Report on vaccination in Madras 1877-1894 - 1877-1894
Year: 1877
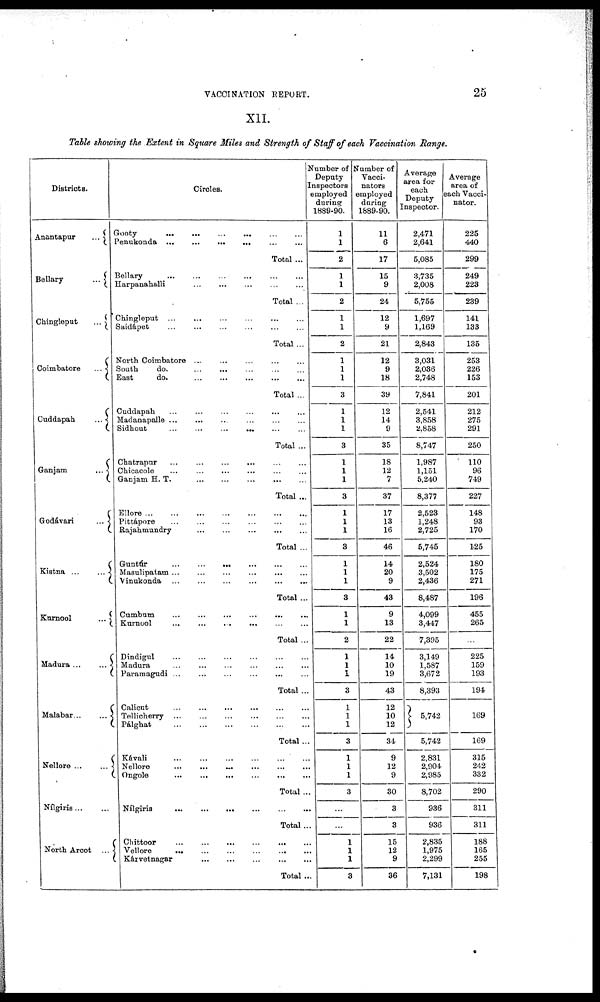
VACCINATION REPORT.
25
XII.
Table showing the Extent in Square Miles and Strength of Staff of each Vaccination Range.
Districts.
Anantapur
...
Bellary
...
Chingleput
...
Coimbatore
...
Cuddapah
...
Ganjam
...
Godávari
...
Kistna
...
...
Kurnool
...
Madura...
...
Malabar...
...
Nellore
...
...
Nílgiris ... ...
North Arcot ...
Circles.
Gooty
...
...
...
...
...
...
Penukonda
...
...
...
...
...
...
Total ...
Bellary ... ... ... ... ... ...
Harpanahalli
...
...
...
...
...
Total ...
Chingleput
...
...
...
...
...
...
Saidápet ... ... ... ... ... ...
Total...
North Coimbatore
...
...
...
...
...
South
do.
...
...
...
...
...
East
do.
...
...
...
...
...
Total ...
Cuddapah
...
...
...
...
...
...
Madanapalle ...
... ... ... ... ...
Sidhout
...
...
...
...
...
...
Total ...
Chatrapur
...
...
...
...
...
...
Chicacole ... ... ... ... ... ...
Ganjam H. T.
...
...
...
...
...
Total ...
Ellore
...
...
...
...
...
...
...
Pittápore
...
...
...
...
...
...
Rajahmundry ... ... ... ... ...
Total ...
Guntúr
...
...
...
...
...
...
Masulipatam ... ... ... ... ... ...
Vinukonda
...
...
...
...
...
...
Total ...
Cumbum
...
...
...
...
...
...
Kurnool ... ... ... ... ... ...
Total ...
Dindigul
...
...
...
...
...
...
Madura ... ... ... ... ... ...
Paramagudi
...
...
...
...
...
...
Total ...
Calicut ... ... ... ... ... ...
Tellicherry
...
...
...
...
...
...
Pálghat
...
...
...
...
...
...
Total...
Kávali
...
...
...
...
...
...
Nellore
...
...
...
...
...
...
Ongole
...
...
...
...
...
...
Total ...
Nilgiris
...
...
...
...
...
...
Total...
Chittoor
...
...
...
...
...
...
Vellore
...
...
...
...
...
...
Kárvetnagar ... ... ... ... ...
Total...
Number of
Deputy
Inspectors
employed
during
1889-90.
1
1
2
1
1
2
1
1
2
1
1
1
3
1
1
1
3
1
1
1
3
1
1
1
3
1
1
1
3
1
1
2
1
1
1
3
1
1
1
3
1
1
1
3
...
...
1
1
1
3
Number of
Vacci-
nators
employed
daring
1889-90.
11
6
17
15
9
24
12
9
21
12
9
18
39
12
14
9
35
18
12
7
37
17
13
16
46
14
20
9
43
9
13
22
14
10
19
43
12
10
12
34
9
12
9
30
3
3
15
12
9
36
Average
area for
each
Deputy
Inspector.
2,471
2,641
5,085
3,735
2,008
5,755
1,697
1,169
2,843
3,031
2,036
2,748
7,841
2,541
3,858
2,858
8,747
1,987
1,151
5,240
8,377
2,523
1,248
2,725
5,745
2,524
3,502
2,436
8,487
4,099
3,447
7,395
3,149
1,587
3,672
8,393
5,742
5,742
2,831
2,904
2,985
8,702
936
936
2,835
1,975
2,299
7,131
Average
area of
each Vacci-
nator.
225
440
299
249
223
239
141
133
135
253
226
153
201
212
275
291
250
110
96
749
227
148
93
170
125
180
175
271
196
455
265
...
225
159
193
194
169
169
315
242
332
290
311
311
188
165
255
198